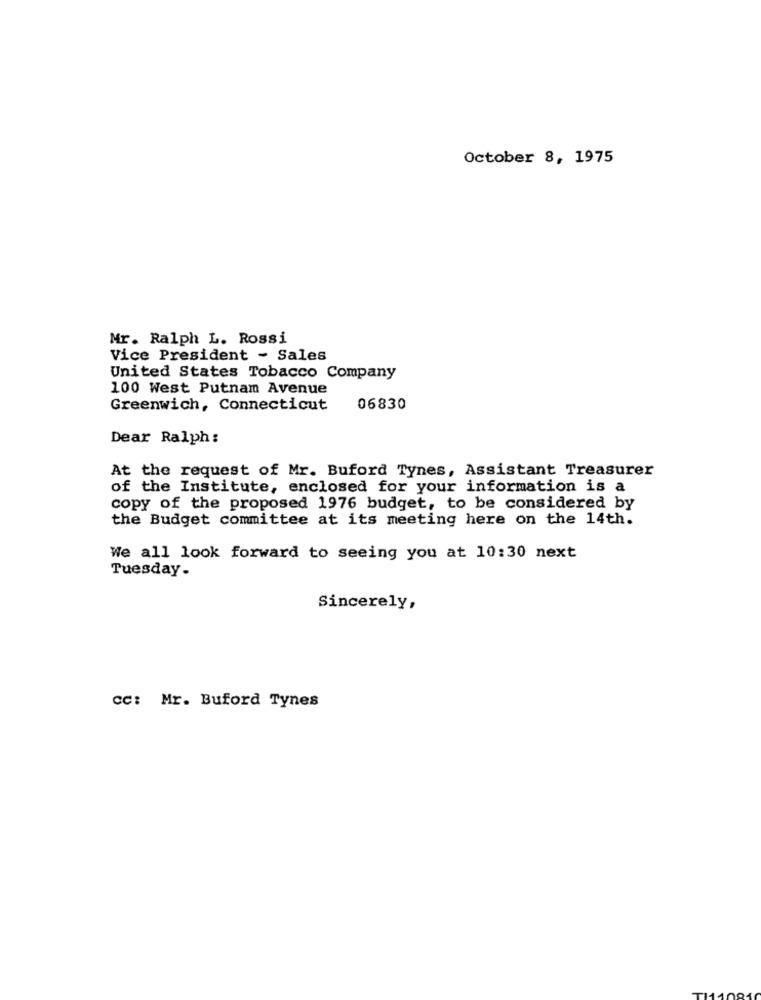
October 8, 1975
Mr. Ralph L. Rossi
Vice President - Sales
United States Tobacco Company
100 West Putnam Avenue
Greenwich, Connecticut
06830
Dear Ralph:
At the request of Mr. Buford Tynes, Assistant Treasurer
of the Institute, enclosed for your information is a
copy of the proposed 1976 budget, to be considered by
the Budget committee at its meeting here on the 14th.
We all look forward to seeing you at 10:30 next
Tuesday.
Sincerely,
cc: Mr. Buford Tynes